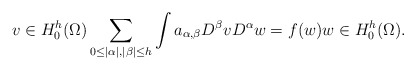
\begin{align*}v \in H^{h}_0(\Omega) \sum_{0\leq|\alpha|,|\beta|\leq h} \int a_{\alpha, \beta}D^\beta v D^\alpha w = f(w) w \in H^h_0(\Omega).\end{align*}